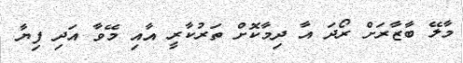
މާލޭ ބާޒާރަށް ރޯދަ އާ ދިމާކޮށް ތަރުކާރީ އާއި މޭވާ އަދި ފިޔާ